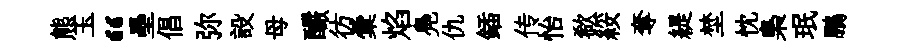
熊玉“壘倡弥設母釅彷彙焰鳧仇鍤传怡欷綏奪緹埜忱梟珉鵬